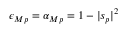
\epsilon _ { M } { } _ { p } = \alpha _ { M } { } _ { p } = 1 - | s _ { p } | ^ { 2 }